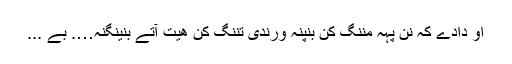
او دادے کہ نن پُہہ منِنگ کِن بِنپنہ ورندی تنِنگ کِن ھیت آتے بنینگنہ…. بے ...